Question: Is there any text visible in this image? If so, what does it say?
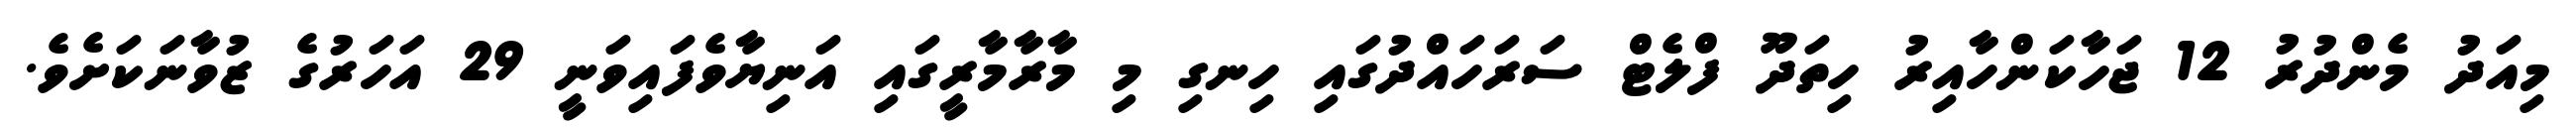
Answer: މިއަދު މެންދުރު 12 ޖަހާކަންހާއިރު ހިތަދޫ ފްލެޓް ސަރަހައްދުގައި ހިނގި މި މާރާމާރީގައި އަނިޔާވެފައިވަނީ 29 އަހަރުގެ ޒުވާނަކަށެވެ.